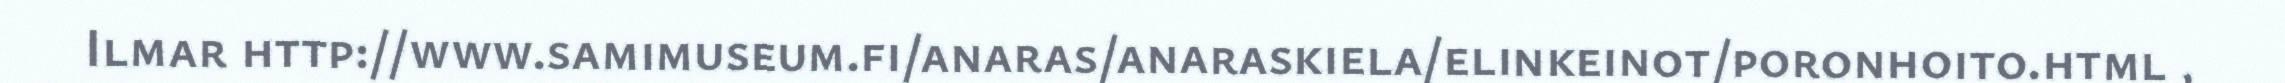
Ilmar http://www.samimuseum.fi/anaras/anaraskiela/elinkeinot/poronhoito.html ,